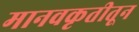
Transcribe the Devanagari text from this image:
मानवकृतीतून